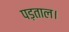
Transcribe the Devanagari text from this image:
पड़ताल।